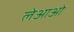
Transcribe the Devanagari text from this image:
लेआओ